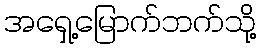
အရှေ့မြောက်ဘက်သို့